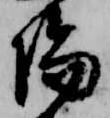
陽